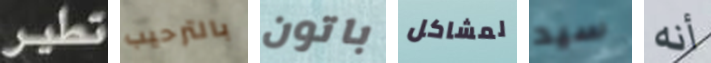
تطير بالترحيب باتون لمشاكل سيد أنه